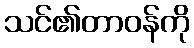
သင်၏တာဝန်ကို